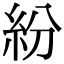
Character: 紛